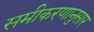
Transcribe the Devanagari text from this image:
समीकरणानुसार